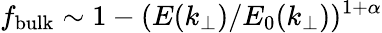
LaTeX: f_{\mathrm{bulk}}\sim 1-(E(k_{\perp})/E_{0}(k_{\perp}))^{1+\alpha}